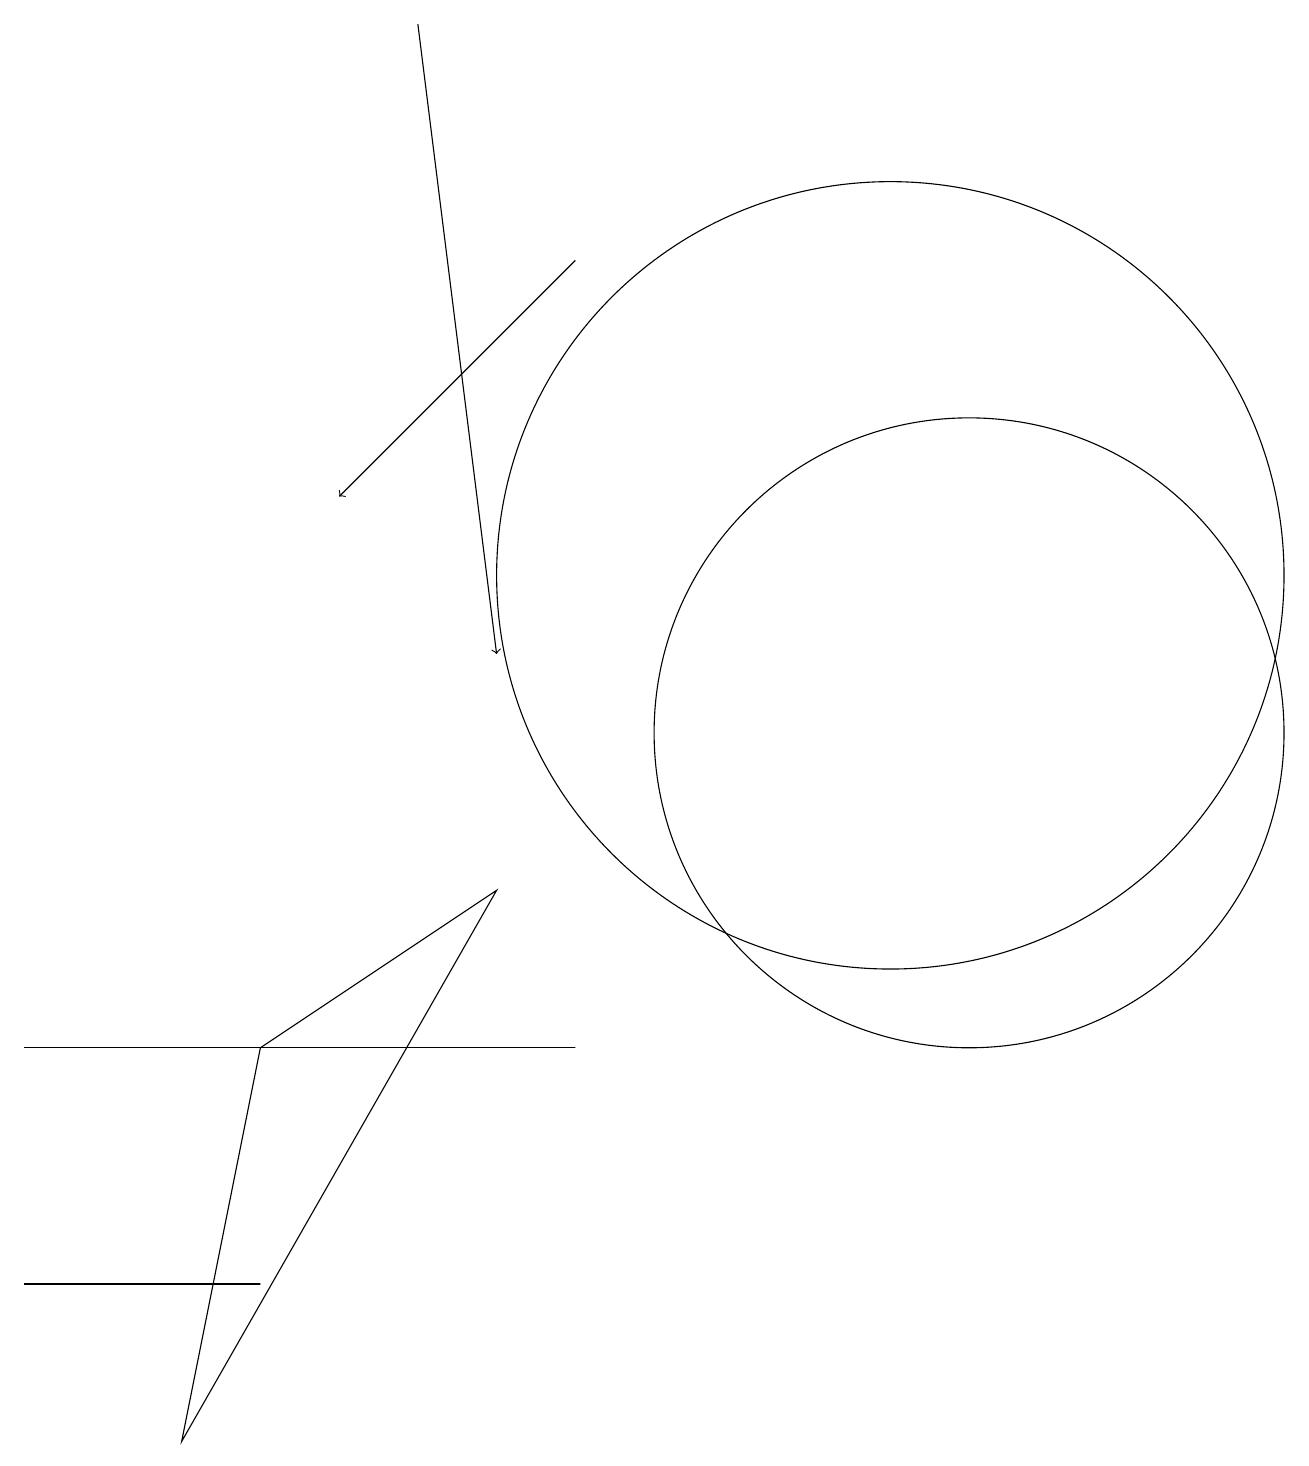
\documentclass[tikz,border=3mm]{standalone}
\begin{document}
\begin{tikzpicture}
\draw (2,1) -- (6,8) -- (3,6) -- cycle;
\draw (7,6) -- (1,6) -- (0,6) -- cycle;
\draw (11,12) circle (5);
\draw (12,10) circle (4);
\draw (3,3) -- (0,3) -- (2,3) -- cycle;
\draw[->] (7,16) -- (4,13);
\draw[->] (5,19) -- (6,11);
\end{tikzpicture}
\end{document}